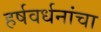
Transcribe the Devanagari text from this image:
हर्षवर्धनांचा